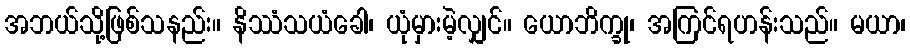
အဘယ်သို့ဖြစ်သနည်း။ နိဿံသယံခေါ၊ ယုံမှားမဲ့လျှင်။ ယောဘိက္ခု၊ အကြင်ရဟန်းသည်။ မယာ၊